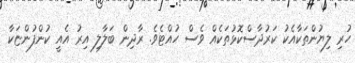
ހުރި ލިޔުންތަކާއެކު ކަރުދާސްކޮޅުތަކެއް ވެސް ހުއްޓެވެ. ރާދިން ބަލާލި އިރު އެއީ ކުންފުންޏަކާ